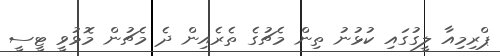
ޕްރިމިއާ ލީގުގައި ކުޅުނު ތިން މެޗުގެ ތެރެއިން ދެ މެޗުން މޮޅުވީ ޓީސީ